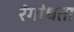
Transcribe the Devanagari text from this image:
रंगांधता